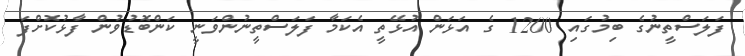
ފަލަސްތީނުގެ ބިމުގައި 1200 ގެ އަޅަން އުޅޭތީ އެކަމާ ފަލަސްތީނުންވަނީ ކަންބޮޑުވުން ފާޅުކޮށްފަ